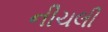
નીચલી